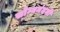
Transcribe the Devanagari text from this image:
सोम्यनंदनी